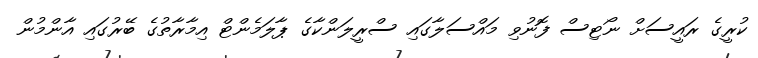
ކުރީގެ ރައީސަށް ނޯޓިސް ފޮނުވި މައްސަލާގައި ސްރީލަންކާގެ ޕާލަމެންޓް އިމާރާތުގެ ބޭރުގައި އާންމުން